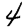
Digit: 4